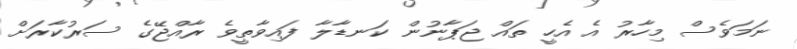
ނަމަވެސް މިހާރު އެ އެހީ ތައް ޖަޕާނުން ކަނޑާލާ ފައިވާތީވެ ރާއްޖޭގެ ސަރުކާރަށް